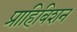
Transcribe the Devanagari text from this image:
प्राहिबिशन